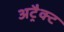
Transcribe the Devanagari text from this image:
अट्रैक्ट